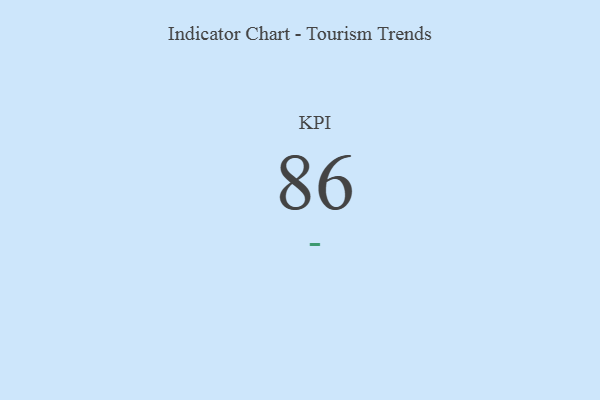
{"axis": {"x": "KPI", "y": "Value"}, "legend": [""], "data": [{"x": "KPI", "y": 86, "type": ""}]}